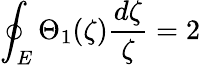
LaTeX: \oint_{E}\Theta_{1}(\zeta)\frac{d\zeta}{\zeta}=2